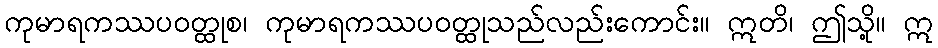
ကုမာရကဿပဝတ္ထုစ၊ ကုမာရကဿပဝတ္ထုသည်လည်းကောင်း။ ဣတိ၊ ဤသို့။ ဣ